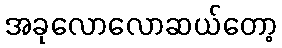
အခုလောလောဆယ်တော့